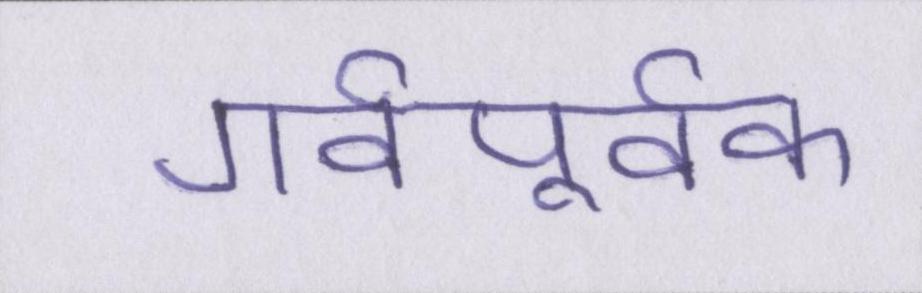
गर्वपूर्वक